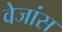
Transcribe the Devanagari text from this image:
वेजांस